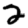
Digit: 2